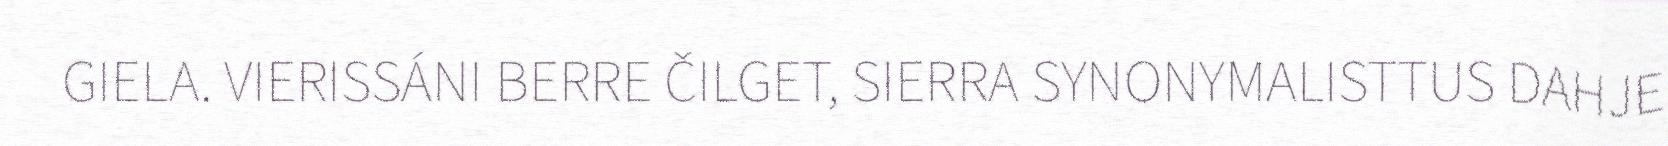
GIELA. VIERISSÁNI BERRE ČILGET, SIERRA SYNONYMALISTTUS DAHJE